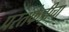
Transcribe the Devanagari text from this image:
परतफेडीचा